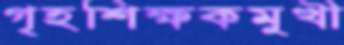
গৃহশিক্ষকমুখী